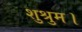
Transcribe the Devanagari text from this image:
शुश्रुम।